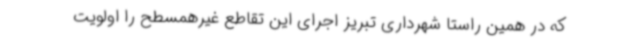
که در همین راستا شهرداری تبریز اجرای این تقاطع غیرهمسطح را اولویت